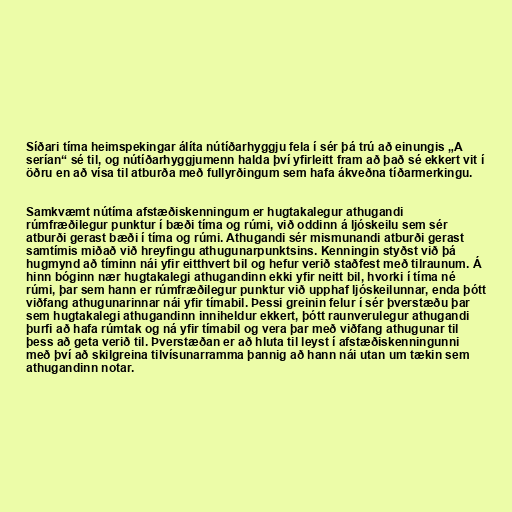
Síðari tíma heimspekingar álíta nútíðarhyggju fela í sér þá trú að einungis „A
serían“ sé til, og nútíðarhyggjumenn halda því yfirleitt fram að það sé ekkert vit í
öðru en að vísa til atburða með fullyrðingum sem hafa ákveðna tíðarmerkingu.

Samkvæmt nútíma afstæðiskenningum er hugtakalegur athugandi
rúmfræðilegur punktur í bæði tíma og rúmi, við oddinn á ljóskeilu sem sér
atburði gerast bæði í tíma og rúmi. Athugandi sér mismunandi atburði gerast
samtímis miðað við hreyfingu athugunarpunktsins. Kenningin styðst við þá
hugmynd að tíminn nái yfir eitthvert bil og hefur verið staðfest með tilraunum. Á
hinn bóginn nær hugtakalegi athugandinn ekki yfir neitt bil, hvorki í tíma né
rúmi, þar sem hann er rúmfræðilegur punktur við upphaf ljóskeilunnar, enda þótt
viðfang athugunarinnar nái yfir tímabil. Þessi greinin felur í sér þverstæðu þar
sem hugtakalegi athugandinn inniheldur ekkert, þótt raunverulegur athugandi
þurfi að hafa rúmtak og ná yfir tímabil og vera þar með viðfang athugunar til
þess að geta verið til. Þverstæðan er að hluta til leyst í afstæðiskenningunni
með því að skilgreina tilvísunarramma þannig að hann nái utan um tækin sem
athugandinn notar.